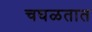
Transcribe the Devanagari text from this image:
चघळतात